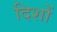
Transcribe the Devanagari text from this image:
दिशों